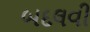
બદલવી